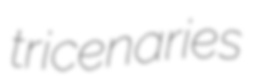
tricenaries